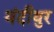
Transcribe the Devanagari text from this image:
वंदीयुर